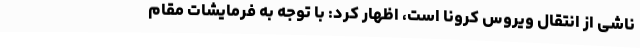
ناشی از انتقال ویروس کرونا است، اظهار کرد: با توجه به فرمایشات مقام